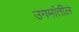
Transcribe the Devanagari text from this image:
उगमांतील